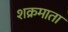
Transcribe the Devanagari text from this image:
शक्रमाता